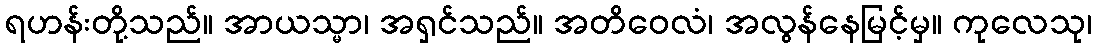
ရဟန်းတို့သည်။ အာယသ္မာ၊ အရှင်သည်။ အတိဝေလံ၊ အလွန်နေမြင့်မှ။ ကုလေသု၊